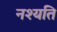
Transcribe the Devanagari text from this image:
नश्यति